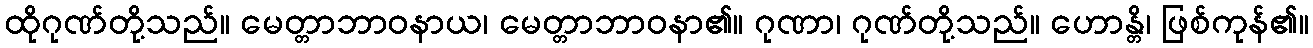
ထိုဂုဏ်တို့သည်။ မေတ္တာဘာဝနာယ၊ မေတ္တာဘာဝနာ၏။ ဂုဏာ၊ ဂုဏ်တို့သည်။ ဟောန္တိ၊ ဖြစ်ကုန်၏။